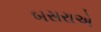
બસરાએ